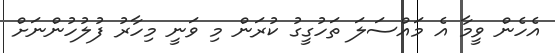
އެހެން ވީމާ އެ މައްސަލަ ތަހުގީގު ކުރަން މި ވަނީ މިހާރު ފުލުހުންނަށް